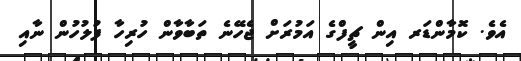
އެވެ. ކޮމާންޑަރ އިން ޗީފްގެ އަމުރަށް ޖެހޭނެ ތަބާވާން ހުރިހާ ފުލުހުން ނާއި